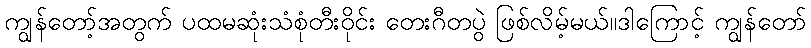
ကျွန်တော့်အတွက် ပထမဆုံးသံစုံတီးဝိုင်း တေးဂီတပွဲ ဖြစ်လိမ့်မယ်။ဒါကြောင့် ကျွန်တော်